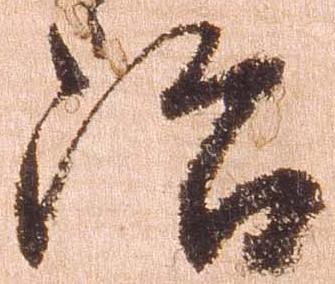
治